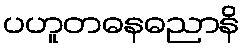
ပဟူတဓနဓညာနိ